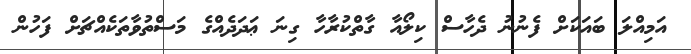
އަމިއްލަ ބައަކަށް ފެނުނު ދެހާސް ކިލޯއާ ގާތްކުރާހާ ގިނަ ޢަދަދެއްގެ މަސްތުވާތަކެއްޗަށް ފަހުން